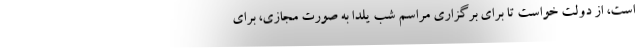
است، از دولت خواست تا برای برگزاری مراسم شب یلدا به صورت مجازی، برای